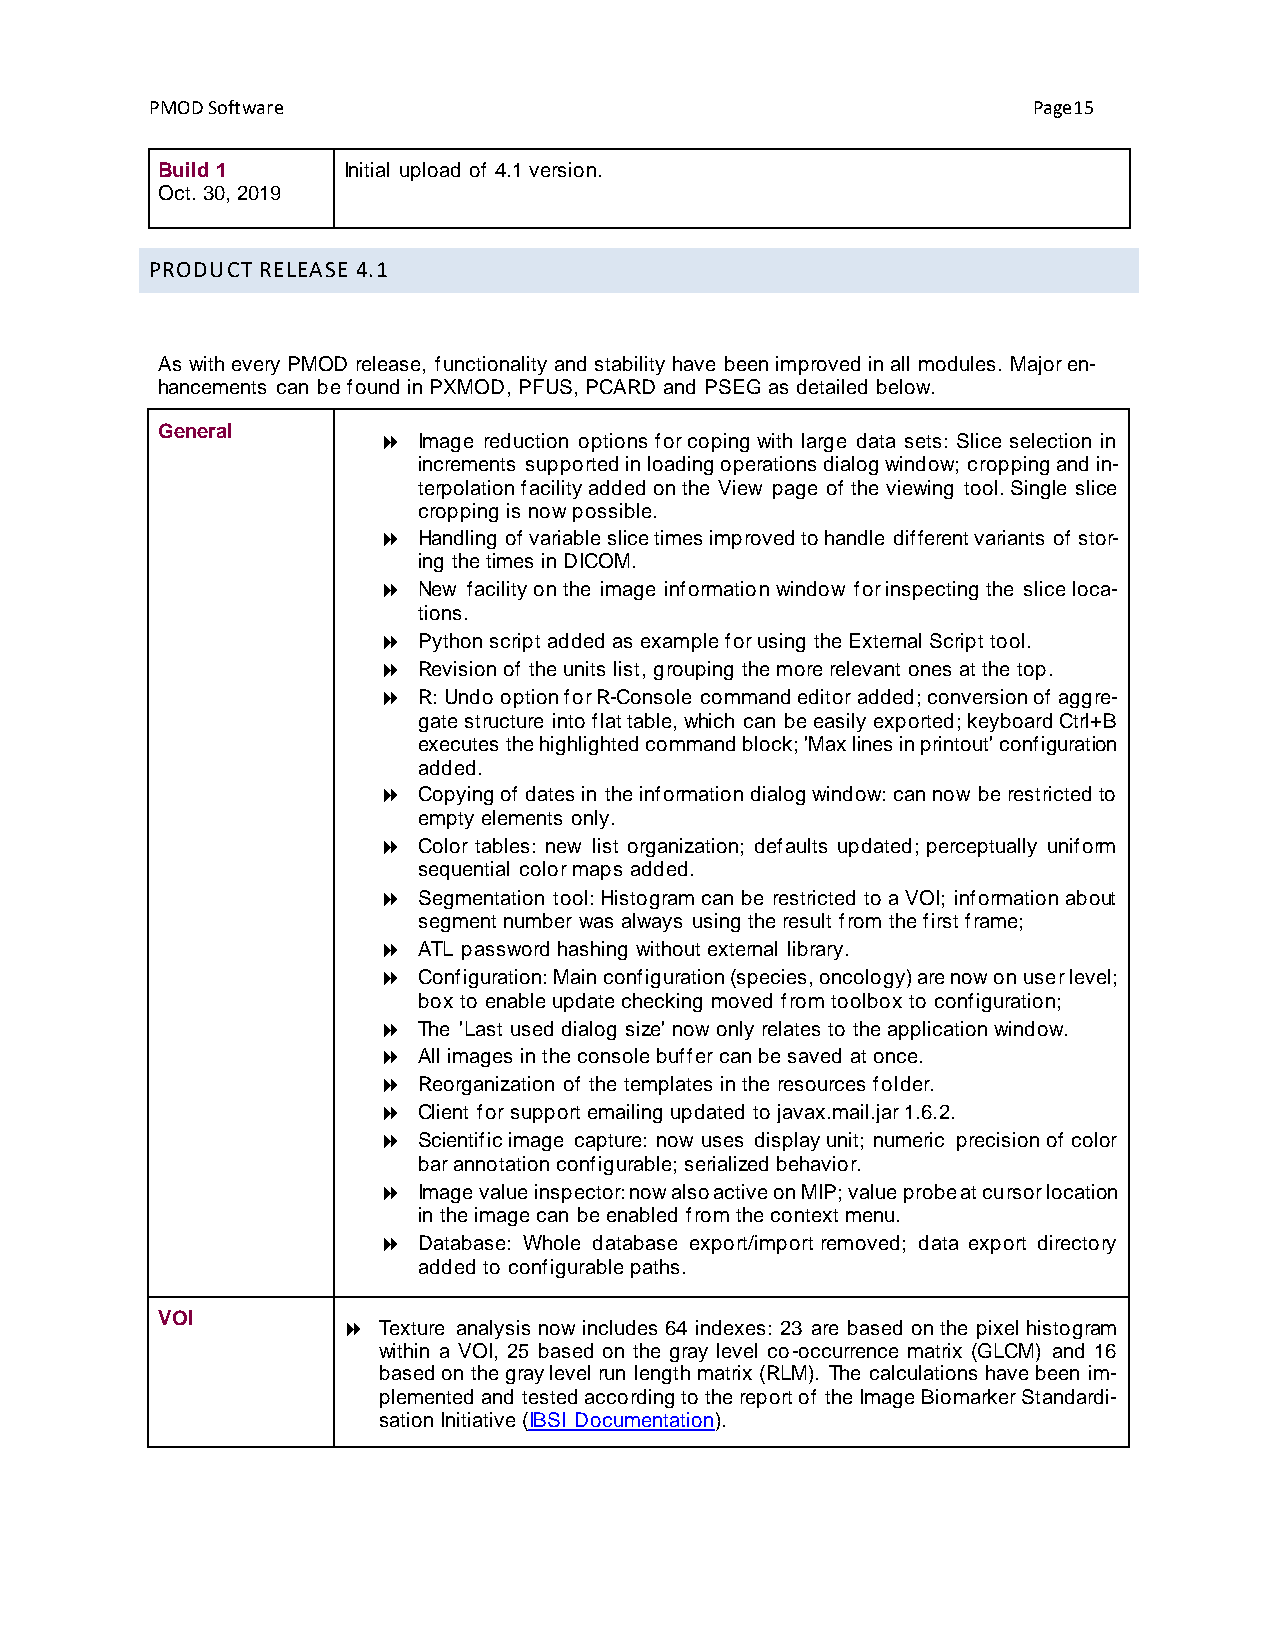
PMOD Software                                             Page15
 Build 1      Initial upload of 4.1 version.
 Oct. 30, 2019
 PRODUCT RELEASE 4.1
 As with every PMOD release, functionality and stability have been improved in all modules. Major en-
 hancements can be found in PXMOD, PFUS, PCARD and PSEG as detailed below.
 General
   Image reduction options for coping with large data sets: Slice selection in
 increments supported in loading operations dialog window; cropping and in-
 terpolation facility added on the View page of the viewing tool. Single slice
 cropping is now possible.
   Handling of variable slice times improved to handle different variants of stor-
 ing the times in DICOM.
   New facility on the image information window for inspecting the slice loca-
 tions.
   Python script added as example for using the External Script tool.
   Revision of the units list, grouping the more relevant ones at the top.
   R: Undo option for R-Console command editor added; conversion of aggre-
 gate structure into flat table, which can be easily exported; keyboard Ctrl+B
 executes the highlighted command block; 'Max lines in printout' configuration
 added.
   Copying of dates in the information dialog window: can now be restricted to
 empty elements only.
   Color tables: new list organization; defaults updated; perceptually uniform
 sequential color maps added.
   Segmentation tool: Histogram can be restricted to a VOI; information about
 segment number was always using the result from the first frame;
   ATL password hashing without external library.
   Configuration: Main configuration (species, oncology) are now on user level;
 box to enable update checking moved from toolbox to configuration;
   The 'Last used dialog size' now only relates to the application window.
   All images in the console buffer can be saved at once.
   Reorganization of the templates in the resources folder.
   Client for support emailing updated to javax.mail.jar 1.6.2.
   Scientific image capture: now uses display unit; numeric precision of color
 bar annotation configurable; serialized behavior.
   Image value inspector: now also active on MIP; value probe at cursor location
 in the image can be enabled from the context menu.
   Database: Whole database export/import removed; data export directory
 added to configurable paths.
 VOI
  Texture analysis now includes 64 indexes: 23 are based on the pixel histogram
 within a VOI, 25 based on the gray level co-occurrence matrix (GLCM) and 16
 based on the gray level run length matrix (RLM). The calculations have been im-
 plemented and tested according to the report of the Image Biomarker Standardi-
 sation Initiative (IBSI Documentation).